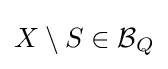
X\setminus S\in {\mathcal {B}}_{Q}